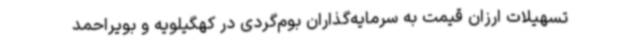
تسهیلات ارزان ‌قیمت به سرمایه‌گذاران بوم‌گردی در کهگیلویه و بویراحمد